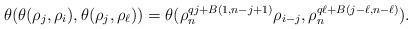
LaTeX: \begin{align*} \theta(\theta(\rho_{j}, \rho_{i}), \theta(\rho_{j}, \rho_{\ell}))=\theta(\rho_n^{qj+B(1,n-j+1)} \rho_{{i-j}}, \rho_n^{q\ell+B(j-\ell, n-\ell)}).\end{align*}